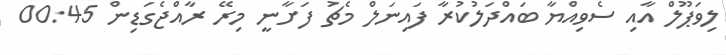
ލިވަޕޫލް އާއި ސެވިއްޔާ ބައްދަލުކުރާ ފައިނަލް މެޗު ފަށާނީ މިރޭ ރާއްޖެގަޑިން 00:45